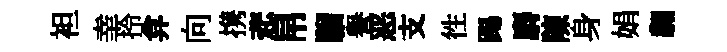
袒𦍒拎弇向携悲帛騮譽恶支徃踢麝陳身娟翿